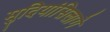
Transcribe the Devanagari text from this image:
मुदियांसिलागे